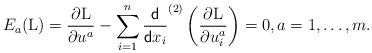
LaTeX: \begin{align*}E_a({\rm L})=\frac{\partial {\rm L}}{\partial u^a}-\sum_{i=1}^n\frac{\mathsf{d}}{\mathsf{d}x_i}^{(2)}\left(\frac{\partial {\rm L} }{\partial u^a_i}\right)=0,a=1,\dots,m.\end{align*}